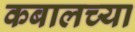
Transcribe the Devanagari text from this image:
कबालच्या